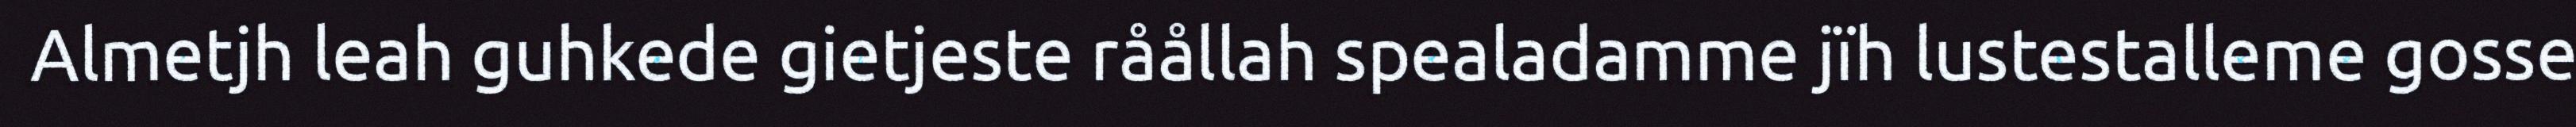
Almetjh leah guhkede gietjeste råållah spealadamme jïh lustestalleme gosse